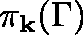
\mathbf { \pi } _ { \mathbf { k } } ( \Gamma )